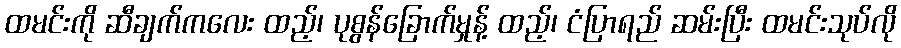
ထမင်းကို ဆီချက်ကလေး ထည့်၊ ပုစွန်ခြောက်မှုန့် ထည့်၊ ငံပြာရည် ဆမ်းပြီး ထမင်းသုပ်လို